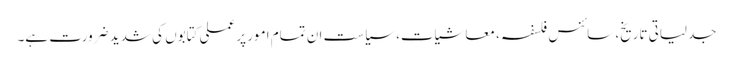
جدلیاتی تاریخ، سائنس فلسفہ ، معاشیات، سیاست ان تمام امور پر عملی کتابوں کی شدید ضرورت ہے۔